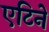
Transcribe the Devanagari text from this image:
एटिने